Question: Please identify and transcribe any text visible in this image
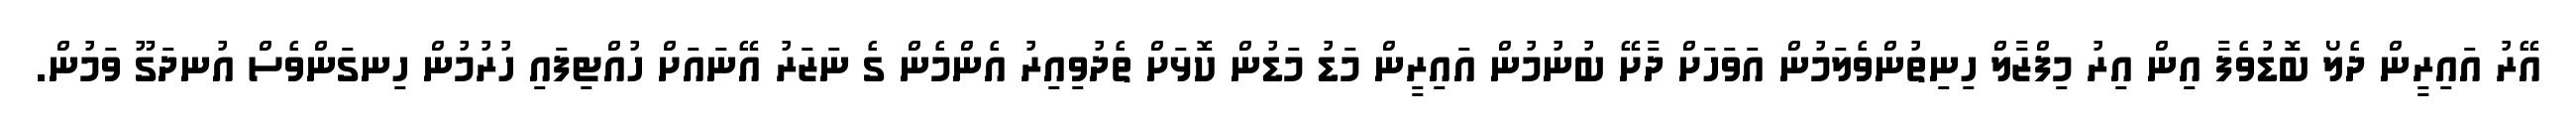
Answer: އޭރު އައިރީން ދެލޯ ބޮޑުވެފާ އިން އިރު މިފްޒާލް ހިނިތުންވެލަމުން އަވަހަށް ދާށޭ ބުނުމުން އައިރީން މަޑު މަޑުން ކޮޅަށް ތެދުވިއިރު އެންމެން ގެ ނަޒަރު އޭނައަށް ހުއްޓިފައި ހުރުމުން ހިނގަންވެސް އުނދަގޫ ވަމުން.